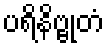
ပရိနိဗ္ဗုတံ